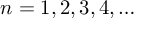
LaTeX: n = 1 , 2 , 3 , 4 , \dots